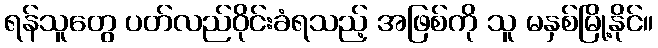
ရန်သူတွေ ပတ်လည်ဝိုင်းခံရသည့် အဖြစ်ကို သူ မနှစ်မြို့နိုင်။